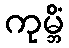
ကုမ္ဘိံ